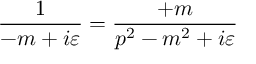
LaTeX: \frac { 1 } { \not { p } - m + i \varepsilon } = \frac { \not { p } + m } { p ^ { 2 } - m ^ { 2 } + i \varepsilon }